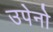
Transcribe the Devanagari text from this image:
उपेनो